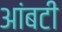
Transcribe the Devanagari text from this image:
आंबटी